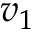
v _ { 1 }